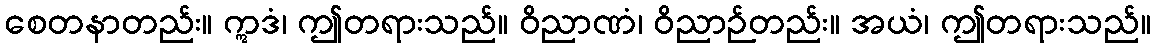
စေတနာတည်း။ ဣဒံ၊ ဤတရားသည်။ ဝိညာဏံ၊ ဝိညာဉ်တည်း။ အယံ၊ ဤတရားသည်။